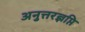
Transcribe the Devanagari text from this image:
अनुत्तरज्ञप्ति